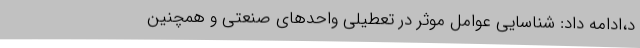
د،ادامه داد: شناسایی عوامل موثر در تعطیلی واحد‌های صنعتی و همچنین